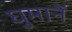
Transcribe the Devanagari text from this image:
घुमानें